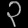
Digit: ၃